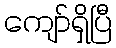
ကျော်ရှိပြီ